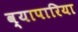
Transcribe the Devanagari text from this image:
व्‍यापारिया